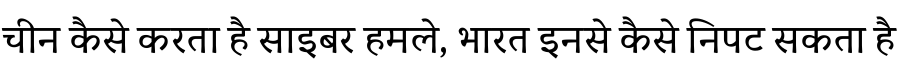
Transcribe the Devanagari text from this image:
चीन कैसे करता है साइबर हमले, भारत इनसे कैसे निपट सकता है